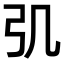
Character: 𢎪